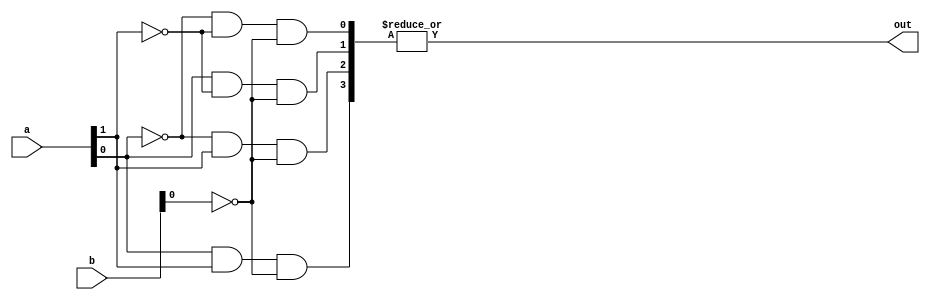
module HS_PAL (
    input  wire [N-1:0] a,  // Input signals
    input  wire [M-1:0] b,  // Additional input signals, if needed
    output wire [P-1:0] out  // Output signals
);

// Parameter definitions
parameter N = 8;  // Number of input signals
parameter M = 4;  // Number of programmed input signals
parameter P = 1;  // Number of output signals
parameter K = 4;  // Number of product terms supported

// Programmable AND array (K product terms)
wire [K-1:0] product_terms;

generate
    genvar i;
    for (i = 0; i < K; i = i + 1) begin : and_array
        // Each product term uses some combination of inputs
        assign product_terms[i] = (i[0] ? a[0] : ~a[0]) & // Example programming logic
                                  (i[1] ? a[1] : ~a[1]) &
                                  (i[2] ? b[0] : ~b[0]);
    end
endgenerate

// Fixed OR array combining the product terms
assign out = |product_terms; // Logical OR of all product terms

endmodule